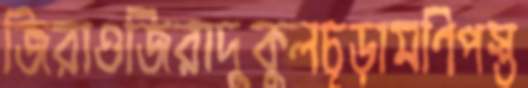
জিরাওজিরাদুকুলচূড়ামণিপস্ত